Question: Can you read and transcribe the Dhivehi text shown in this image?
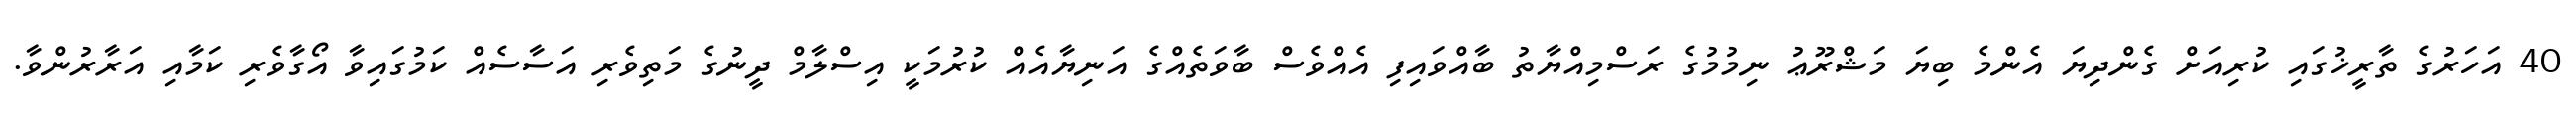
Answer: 40 އަހަރުގެ ތާރީޚުގައި ކުރިއަށް ގެންދިޔަ އެންމެ ބިޔަ މަޝްރޫޢު ނިމުމުގެ ރަސްމިއްޔާތު ބާއްވައިފި އެއްވެސް ބާވަތެއްގެ އަނިޔާއެއް ކުރުމަކީ އިސްލާމް ދީނުގެ މަތިވެރި އަސާސެއް ކަމުގައިވާ އޯގާވެރި ކަމާއި އަރާރުންވާ.